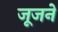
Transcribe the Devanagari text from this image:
जूजने